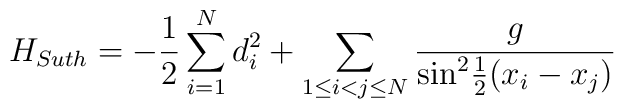
H_{Suth} = -\frac{1}{2} \sum_{i=1}^{N} d_{i}^{2} + \sum_{1 \leq i < j \leq N}\frac{g}{{\sin}^{2} \mbox{$\frac{1}{2}$}(x_{i} - x_{j})}